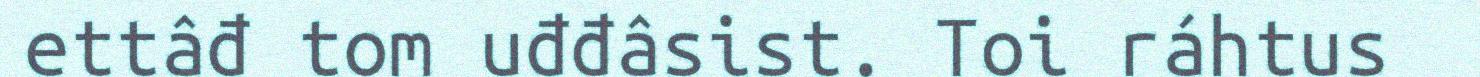
ettâđ tom uđđâsist. Toi ráhtus